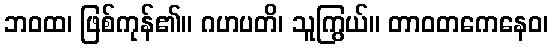
ဘဝထ၊ ဖြစ်ကုန်၏။ ဂဟပတိ၊ သူကြွယ်။ တာဝတကေနေဝ၊